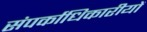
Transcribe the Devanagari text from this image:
संपर्काधिकारीयों